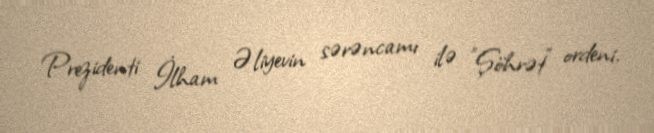
Prezidenti İlham Əliyevin sərəncamı ilə "Şöhrət" ordeni.